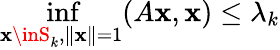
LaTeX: \operatorname*{inf}_{\mathbf{x}\inS_{k},\| \mathbf{x}\| =1}(A\mathbf{x},\mathbf{x})\leq\lambda_{k}